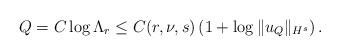
LaTeX: \begin{align*}Q=C\log \Lambda_r\leq C(r,\nu, s)\left(1+\log\|u_Q\|_{H^s}\right).\end{align*}